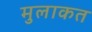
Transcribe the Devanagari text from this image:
मुलाकत